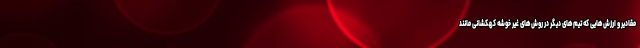
مقادیر و ارزش‌هایی که تیم‌های دیگر در روش‌های غیر خوشه کهکشانی مانند